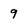
Character: 9